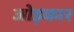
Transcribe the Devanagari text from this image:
जोड़कार